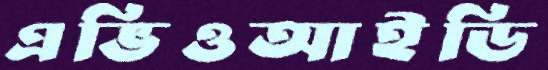
এভিওআইডি